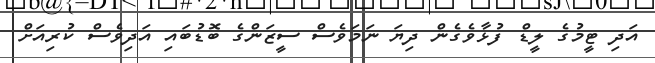
އަދި ޓީމުގެ ލީޑް ފުޅާވެގެން ދިޔަ ނަމަވެސް ސީޒަންގެ ބޮޑުބައި އަދިވެސް ކުރިއަށް